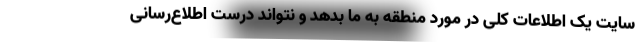
سایت یک اطلاعات کلی در مورد منطقه به ما بدهد و نتواند درست اطلاع‌رسانی